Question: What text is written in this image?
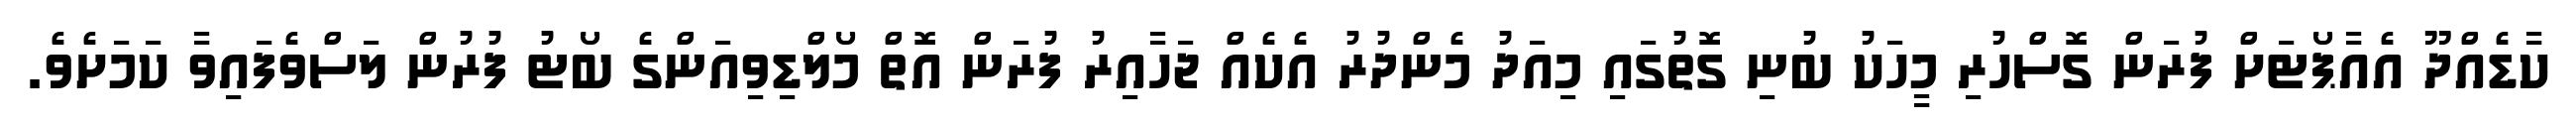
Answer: ކާޑެއްދޫ އެއާޕޯޓަށް ފުރަން ގޮސްހުރި މީހަކު ބުނި ގޮތުގައި މިއަދު މެންދުރު އެކެއް ޖަހާއިރު ފުރަން އޮތް މޯލްޑިވިއަންގެ ބޯޓު ފުރުން ލަސްވެފައިވާ ކަމަށެވެ.